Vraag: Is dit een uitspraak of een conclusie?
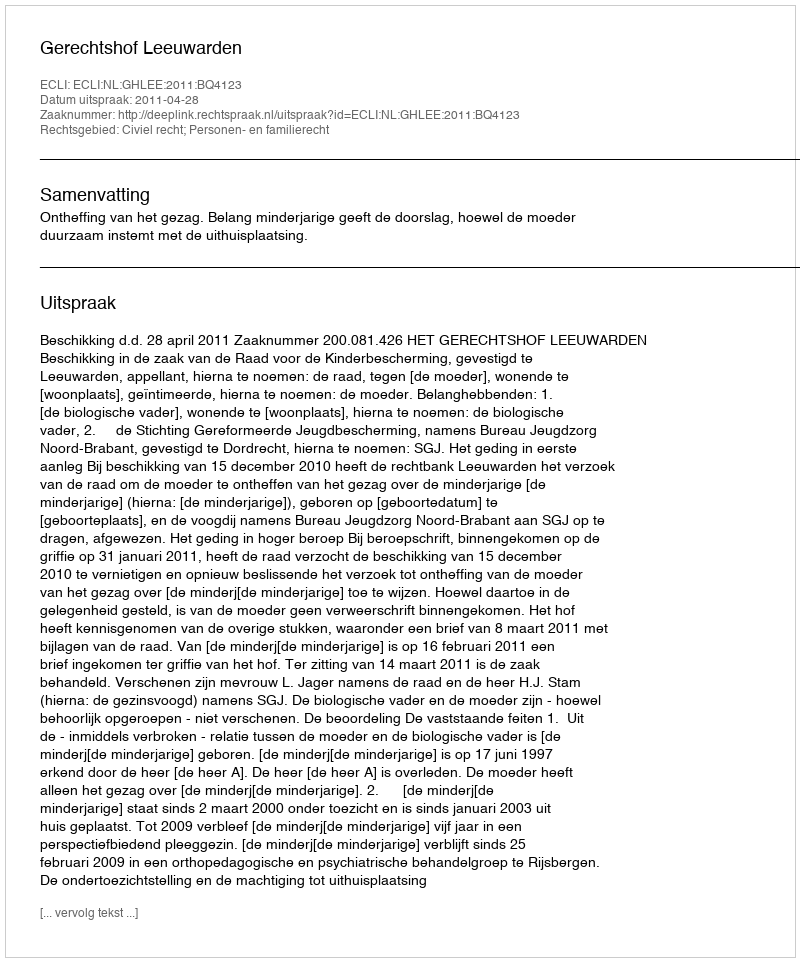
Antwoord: Uitspraak